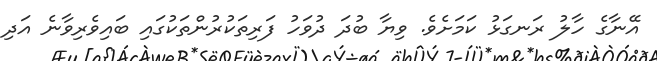
އޭނާގެ ހާލު ރަނގަޅު ކަމަށެވެ. ވިޔާ ބުދަ ދުވަހު ފަރިތަކުރުންތަކުގައި ބައިވެރިވާނެ އަދި